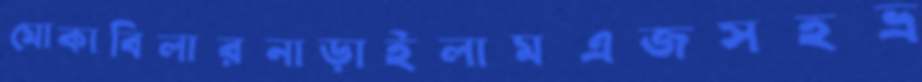
মোকাবিলারনাড়াইলামএজসহভ্র